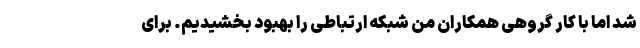
شد اما با کار گروهی همکاران من شبکه ارتباطی را بهبود بخشیدیم. برای